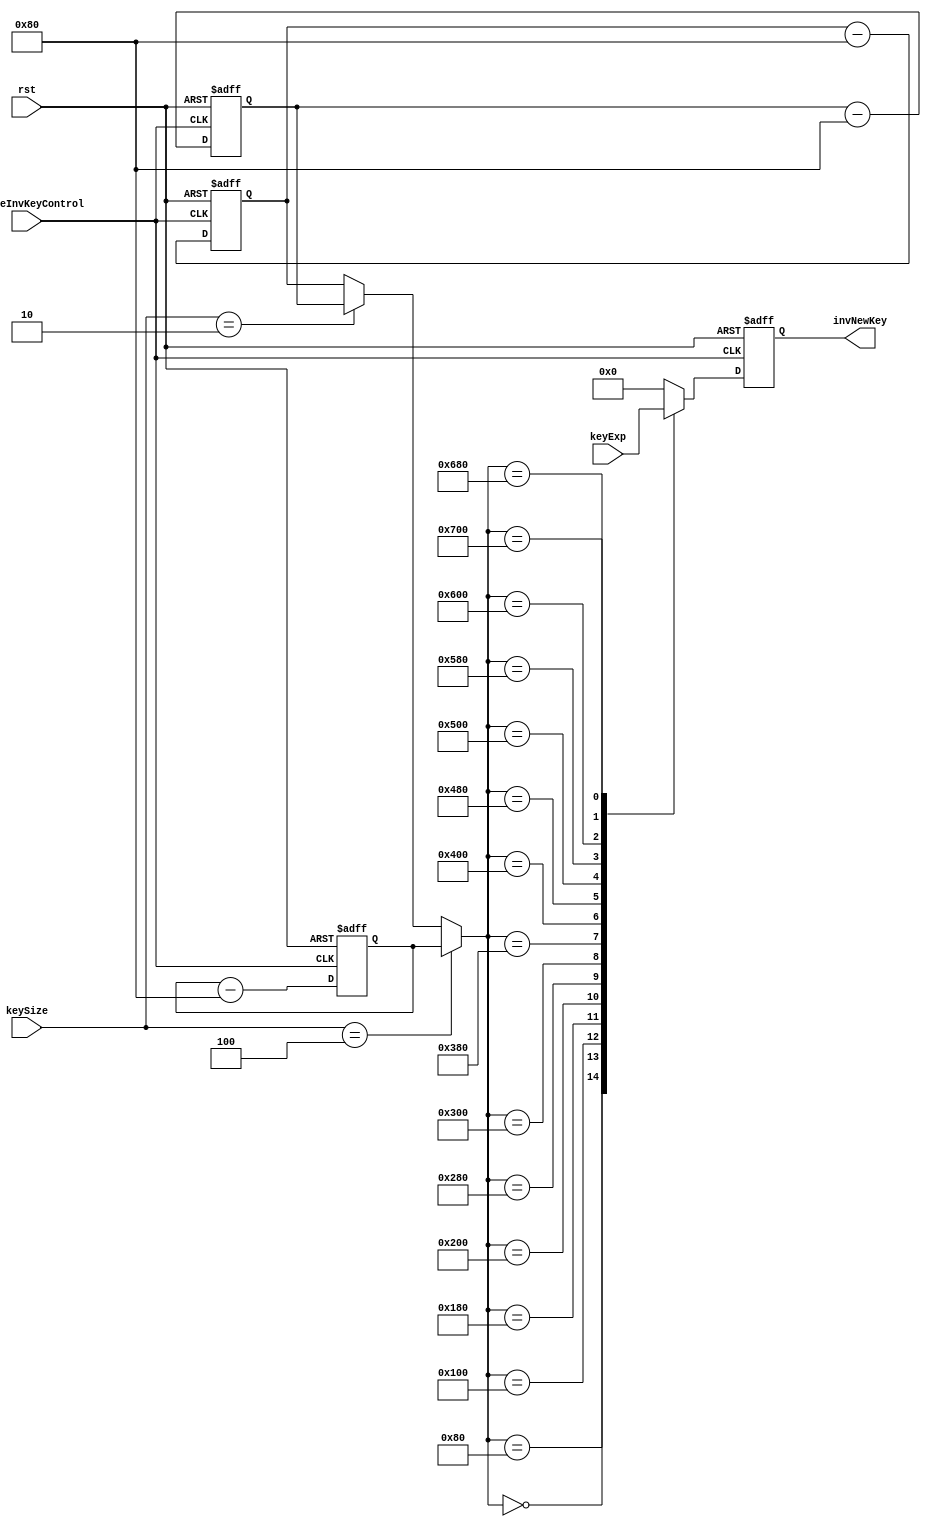
module invKeyControl(	input rst, 							// input reset
						input enableInvKeyControl,
						input [0:1919] keyExp,				// unsigned 176-byte expanded key
						input [2:0] keySize,
						output reg [0:127] invNewKey);		// output key for invRounds
	
	integer bottom;
	integer bottom128 = 1280;				// bottom limit of bit-range
	integer bottom192 = 1536;
	integer bottom256 = 1792;

	always@ (posedge enableInvKeyControl or posedge rst)
		begin
			if(rst)
				begin
					invNewKey = 128'd0;
					bottom128 = 1280;				// bottom limit of bit-range
					bottom192 = 1536;
					bottom256 = 1792;
				end
			else
				begin
					if(keySize == 3'b100)
						begin
							bottom = bottom256;
						end
					else if(keySize == 3'b010)
						begin
							bottom = bottom192;
						end
					else
						begin
							bottom = bottom128;
						end
					
						case(bottom)
							0 : 		invNewKey = keyExp[0:127];
							128 : 		invNewKey = keyExp[128:255];
							256 : 		invNewKey = keyExp[256:383];
							384 : 		invNewKey = keyExp[384:511];
							512 :		invNewKey = keyExp[512:639]; 
							640 : 		invNewKey = keyExp[640:767];
							768 : 		invNewKey = keyExp[768:895];
							896 : 		invNewKey = keyExp[896:1023];
							1024 : 		invNewKey = keyExp[1024:1151];
							1152 : 		invNewKey = keyExp[1152:1279];
							1280 : 		invNewKey = keyExp[1280:1407];
							1408 : 		invNewKey = keyExp[1408:1535];
							1536 : 		invNewKey = keyExp[1536:1663];
							1664 : 		invNewKey = keyExp[1664:1791];
							1792 : 		invNewKey = keyExp[1792:1919];
							default :	invNewKey = 128'd0; 		
						endcase
						
					bottom256 = bottom256 - 128;
					bottom192 = bottom192 - 128;
					bottom128 = bottom128 - 128;
				end	
		end				

endmodule